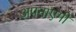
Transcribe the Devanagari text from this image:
अपनाएगी